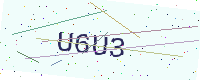
Text: U6U3